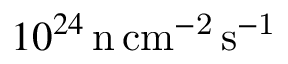
1 0 ^ { 2 4 } \, \mathrm { n \, c m ^ { - 2 } \, s ^ { - 1 } }